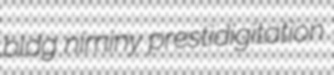
bldg niminy prestidigitation